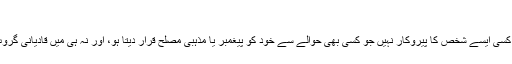
یہ فارم کہتا ہے:
’’میں حضرت محمد ﷺ کی ختم نبوت پر یقین رکھتا ہوں، اور یہ کہ میں کسی ایسے شخص کا پیروکار نہیں جو کسی بھی حوالے سے خود کو پیغمبر یا مذہبی مصلح قرار دیتا ہو، اور نہ ہی میں قادیانی گروپ یا لاہوری گروپ سے تعلق رکھتا ہوں اور نہ ہی میں خود احمدی ہوں۔